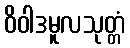
ဝိဝါဒမူလသုတ္တံ